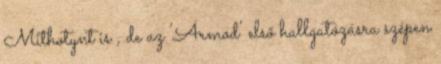
Mithotynt is , de az ’Armod’ első hallgatózásra szépen